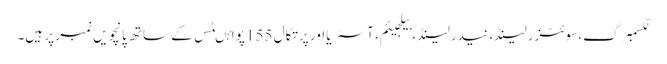
لگسمبرگ، سوئٹزرلینڈ، نیدرلینڈ، بیلجیئم، آسٹریا اور پرتگال 155 پوائںٹس کے ساتھ پانچویں نمبر پر ہیں۔